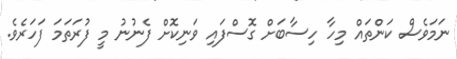
ނަމަވެސް ކަންތައް މިހާ ހިސާބަށް ގޮސްފައި ވަނިކޮށް ފެނުނު މީ ފުރަތަމަ ފަހަރެވެ.